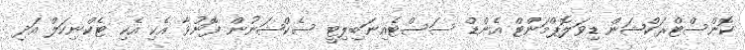
ކޮންސްޓްރަކްޝަން ޑިވަލޮޕްމަންޓް އެންޑް ސަސްޓެއިނަބިލިޓީ ސެކްޝަނުން ފޮނުވާ އެކި އެކި ޓެކްނިކަލް އަދި